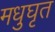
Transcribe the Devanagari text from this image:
मधुघृत